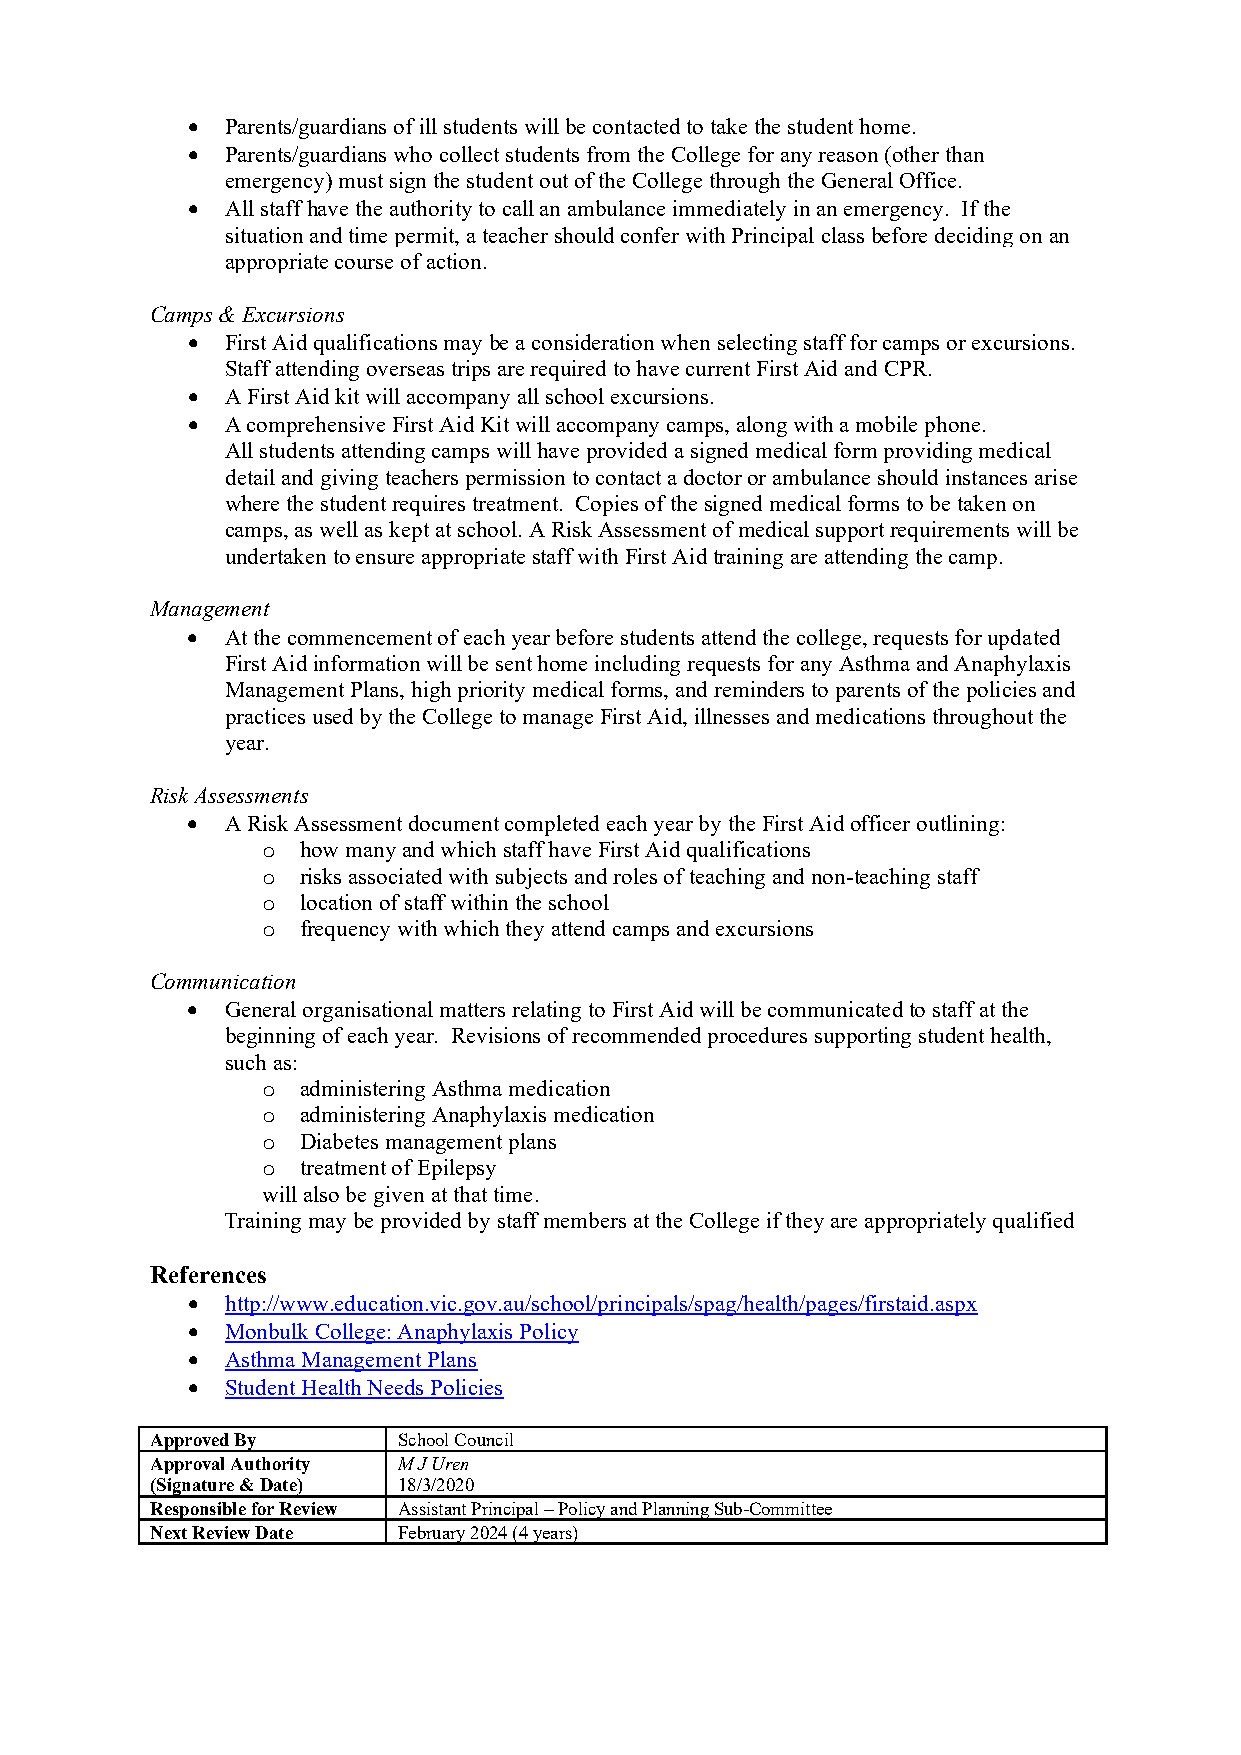
•  Parents/guardians of ill students will be contacted to take the student home.
 •  Parents/guardians who collect students from the College for any reason (other than
 emergency) must sign the student out of the College through the General Office.
 •  All staff have the authority to call an ambulance immediately in an emergency. If the
 situation and time permit, a teacher should confer with Principal class before deciding on an
 appropriate course of action.
 Camps & Excursions
 •  First Aid qualifications may be a consideration when selecting staff for camps or excursions.
 Staff attending overseas trips are required to have current First Aid and CPR.
 •  A First Aid kit will accompany all school excursions.
 •  A comprehensive First Aid Kit will accompany camps, along with a mobile phone.
 All students attending camps will have provided a signed medical form providing medical
 detail and giving teachers permission to contact a doctor or ambulance should instances arise
 where the student requires treatment. Copies of the signed medical forms to be taken on
 camps, as well as kept at school. A Risk Assessment of medical support requirements will be
 undertaken to ensure appropriate staff with First Aid training are attending the camp.
 Management
 •  At the commencement of each year before students attend the college, requests for updated
 First Aid information will be sent home including requests for any Asthma and Anaphylaxis
 Management Plans, high priority medical forms, and reminders to parents of the policies and
 practices used by the College to manage First Aid, illnesses and medications throughout the
 year.
 Risk Assessments
 •  A Risk Assessment document completed each year by the First Aid officer outlining:
 o  how many and which staff have First Aid qualifications
 o  risks associated with subjects and roles of teaching and non-teaching staff
 o  location of staff within the school
 o  frequency with which they attend camps and excursions
 Communication
 •  General organisational matters relating to First Aid will be communicated to staff at the
 beginning of each year. Revisions of recommended procedures supporting student health,
 such as:
 o  administering Asthma medication
 o  administering Anaphylaxis medication
 o  Diabetes management plans
 o  treatment of Epilepsy
 will also be given at that time.
 Training may be provided by staff members at the College if they are appropriately qualified
 References
 •  http://www.education.vic.gov.au/school/principals/spag/health/pages/firstaid.aspx
 •  Monbulk College: Anaphylaxis Policy
 •  Asthma Management Plans
 •  Student Health Needs Policies
 Approved By     School Council
 Approval Authority M J Uren
 (Signature & Date) 18/3/2020
 Responsible for Review Assistant Principal – Policy and Planning Sub-Committee
 Next Review Date February 2024 (4 years)